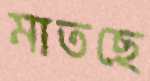
মাতছে